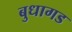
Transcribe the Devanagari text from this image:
बुधागड